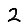
Digit: 2